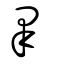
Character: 睪